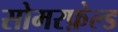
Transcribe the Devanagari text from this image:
सोमरफ़ेल्ड